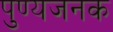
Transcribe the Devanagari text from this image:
पुण्यजनक